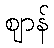
ဈာန်